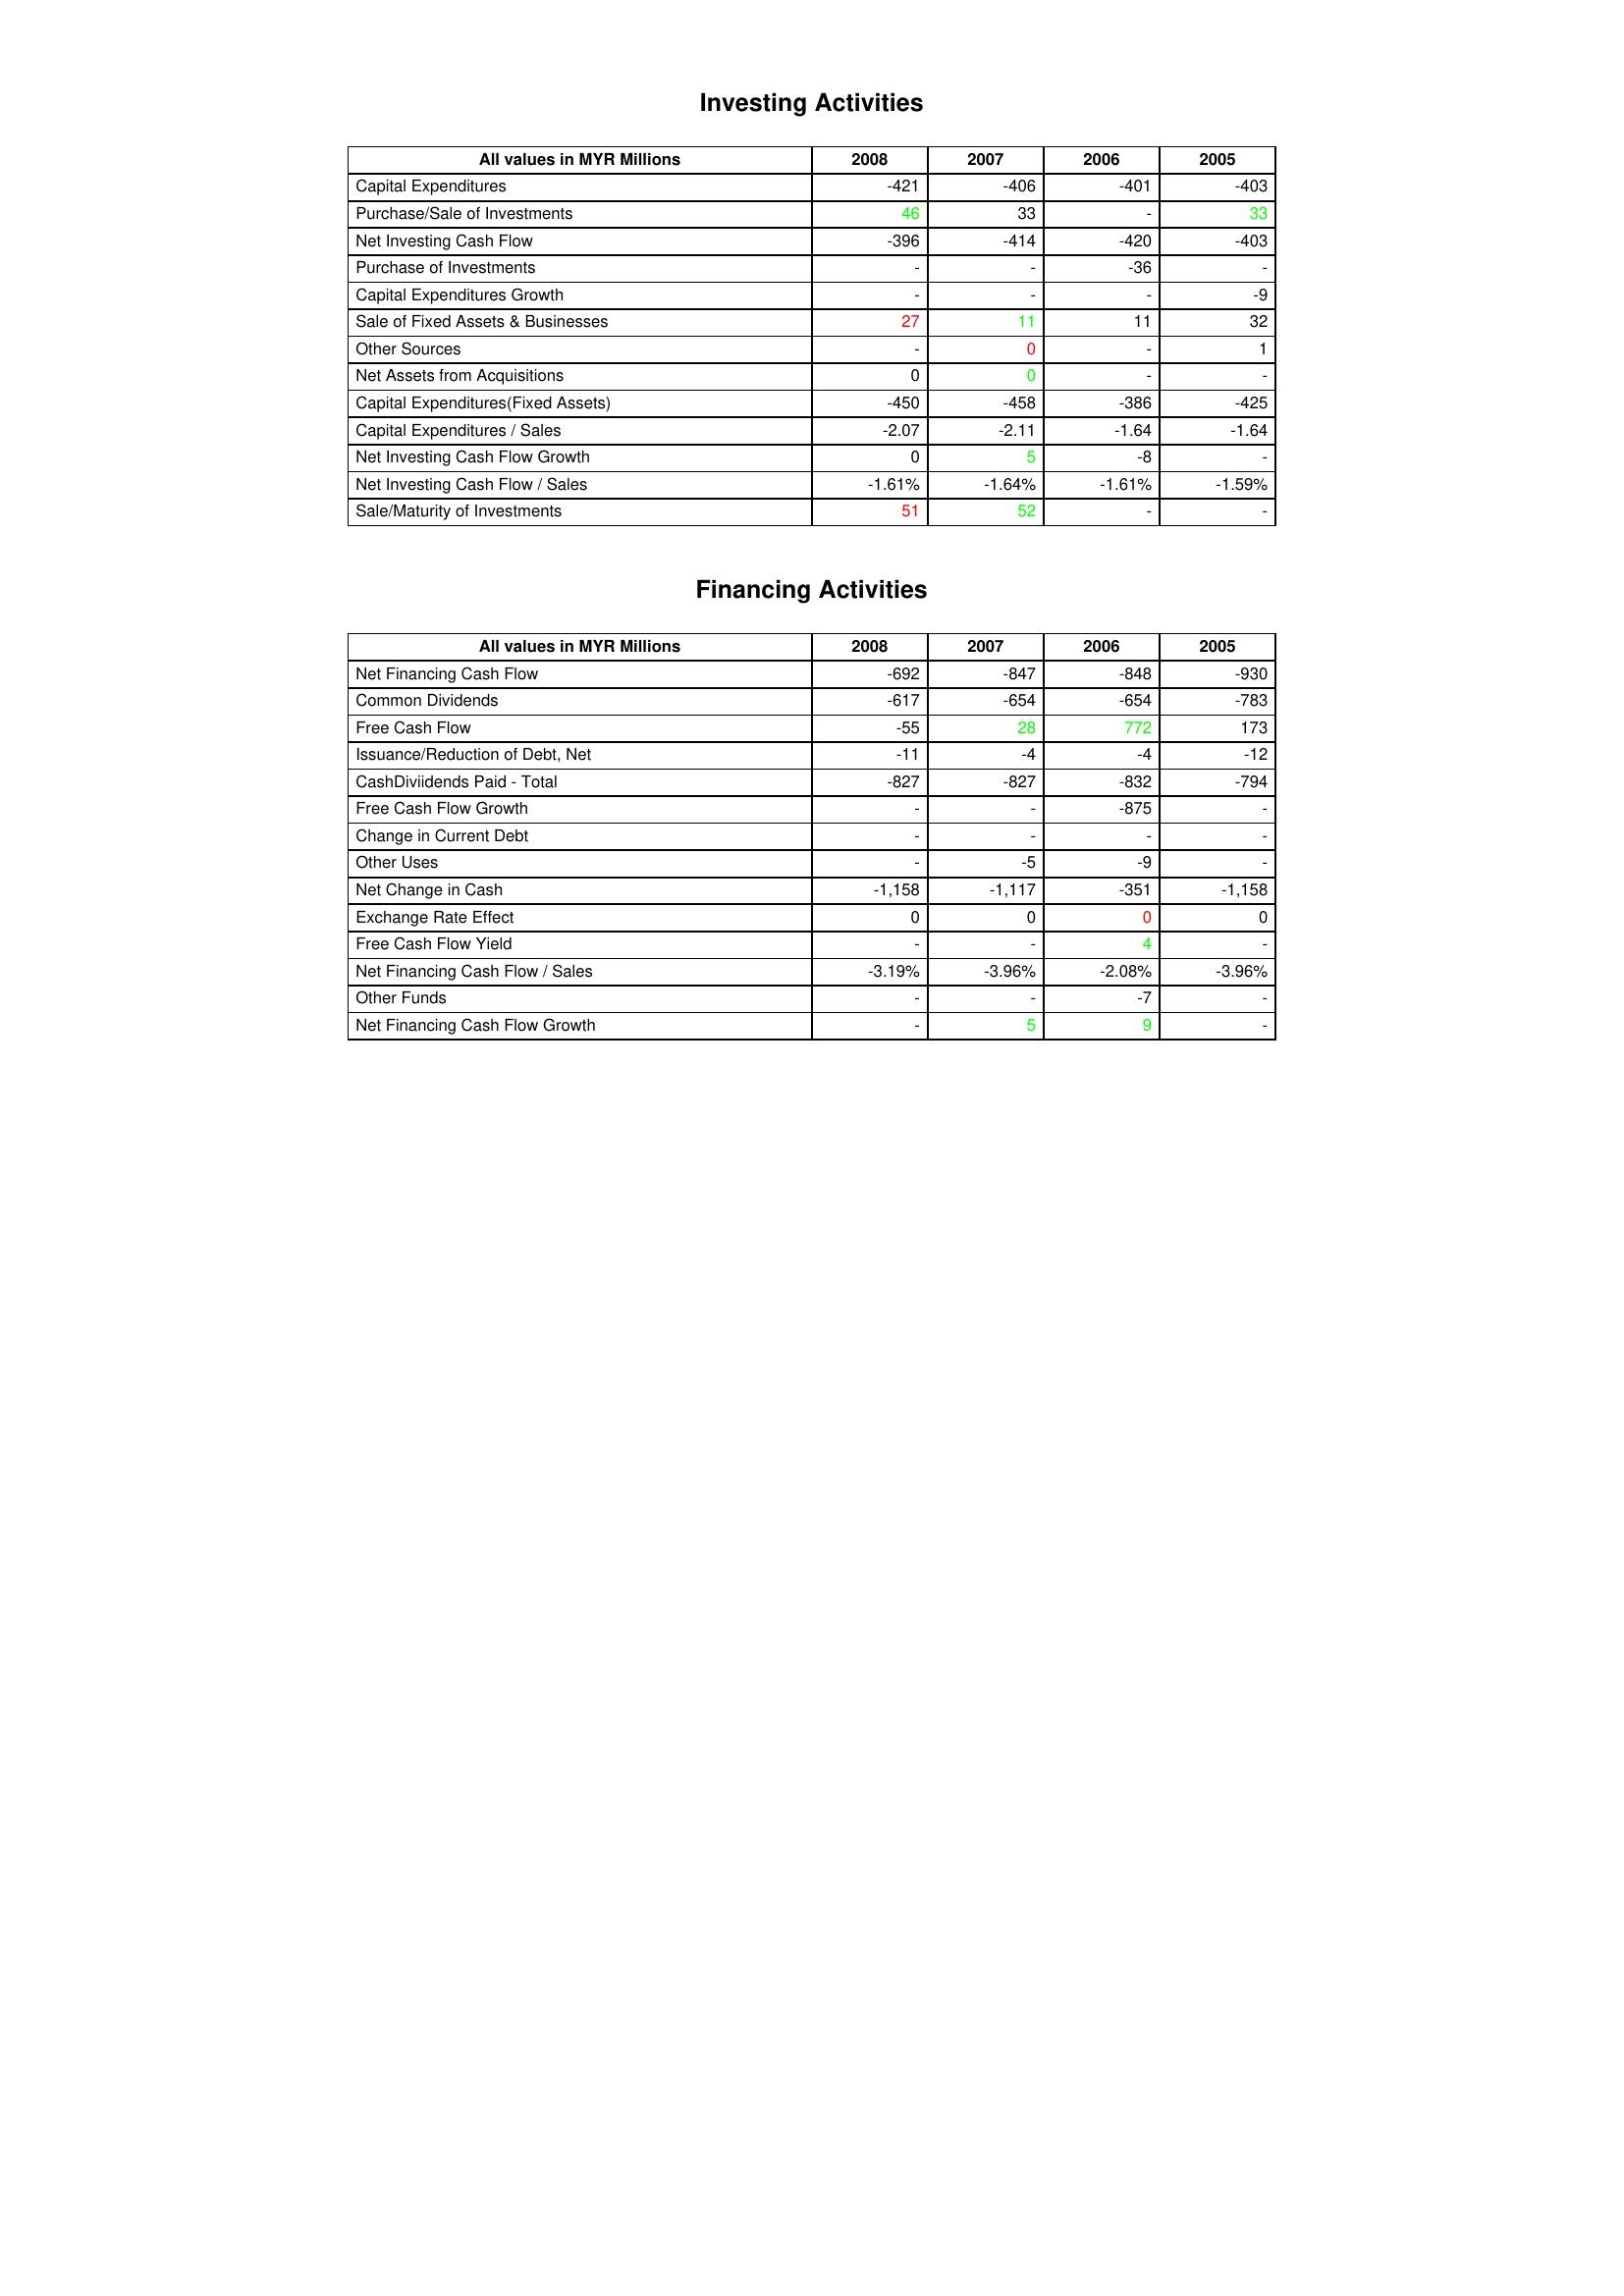
gt_parse: 2008: Investing Activities: Capital Expenditures: -421
Purchase/Sale of Investments: 46
Net Investing Cash Flow: -396
Purchase of Investments: -
Capital Expenditures Growth: -
Sale of Fixed Assets & Businesses: 27
Other Sources: -
Net Assets from Acquisitions: 0
Capital Expenditures(Fixed Assets): -450
Capital Expenditures / Sales: -2.07
Net Investing Cash Flow Growth: 0
Net Investing Cash Flow / Sales: -1.61%
Sale/Maturity of Investments: 51
Financing Activities: Net Financing Cash Flow: -692
Common Dividends: -617
Free Cash Flow: -55
Issuance/Reduction of Debt, Net: -11
CashDiviidends Paid - Total: -827
Free Cash Flow Growth: -
Change in Current Debt: -
Other Uses: -
Net Change in Cash: -1,158
Exchange Rate Effect: 0
Free Cash Flow Yield: -
Net Financing Cash Flow / Sales: -3.19%
Other Funds: -
Net Financing Cash Flow Growth: -
2007: Investing Activities: Capital Expenditures: -406
Purchase/Sale of Investments: 33
Net Investing Cash Flow: -414
Purchase of Investments: -
Capital Expenditures Growth: -
Sale of Fixed Assets & Businesses: 11
Other Sources: 0
Net Assets from Acquisitions: 0
Capital Expenditures(Fixed Assets): -458
Capital Expenditures / Sales: -2.11
Net Investing Cash Flow Growth: 5
Net Investing Cash Flow / Sales: -1.64%
Sale/Maturity of Investments: 52
Financing Activities: Net Financing Cash Flow: -847
Common Dividends: -654
Free Cash Flow: 28
Issuance/Reduction of Debt, Net: -4
CashDiviidends Paid - Total: -827
Free Cash Flow Growth: -
Change in Current Debt: -
Other Uses: -5
Net Change in Cash: -1,117
Exchange Rate Effect: 0
Free Cash Flow Yield: -
Net Financing Cash Flow / Sales: -3.96%
Other Funds: -
Net Financing Cash Flow Growth: 5
2006: Investing Activities: Capital Expenditures: -401
Purchase/Sale of Investments: -
Net Investing Cash Flow: -420
Purchase of Investments: -36
Capital Expenditures Growth: -
Sale of Fixed Assets & Businesses: 11
Other Sources: -
Net Assets from Acquisitions: -
Capital Expenditures(Fixed Assets): -386
Capital Expenditures / Sales: -1.64
Net Investing Cash Flow Growth: -8
Net Investing Cash Flow / Sales: -1.61%
Sale/Maturity of Investments: -
Financing Activities: Net Financing Cash Flow: -848
Common Dividends: -654
Free Cash Flow: 772
Issuance/Reduction of Debt, Net: -4
CashDiviidends Paid - Total: -832
Free Cash Flow Growth: -875
Change in Current Debt: -
Other Uses: -9
Net Change in Cash: -351
Exchange Rate Effect: 0
Free Cash Flow Yield: 4
Net Financing Cash Flow / Sales: -2.08%
Other Funds: -7
Net Financing Cash Flow Growth: 9
2005: Investing Activities: Capital Expenditures: -403
Purchase/Sale of Investments: 33
Net Investing Cash Flow: -403
Purchase of Investments: -
Capital Expenditures Growth: -9
Sale of Fixed Assets & Businesses: 32
Other Sources: 1
Net Assets from Acquisitions: -
Capital Expenditures(Fixed Assets): -425
Capital Expenditures / Sales: -1.64
Net Investing Cash Flow Growth: -
Net Investing Cash Flow / Sales: -1.59%
Sale/Maturity of Investments: -
Financing Activities: Net Financing Cash Flow: -930
Common Dividends: -783
Free Cash Flow: 173
Issuance/Reduction of Debt, Net: -12
CashDiviidends Paid - Total: -794
Free Cash Flow Growth: -
Change in Current Debt: -
Other Uses: -
Net Change in Cash: -1,158
Exchange Rate Effect: 0
Free Cash Flow Yield: -
Net Financing Cash Flow / Sales: -3.96%
Other Funds: -
Net Financing Cash Flow Growth: -